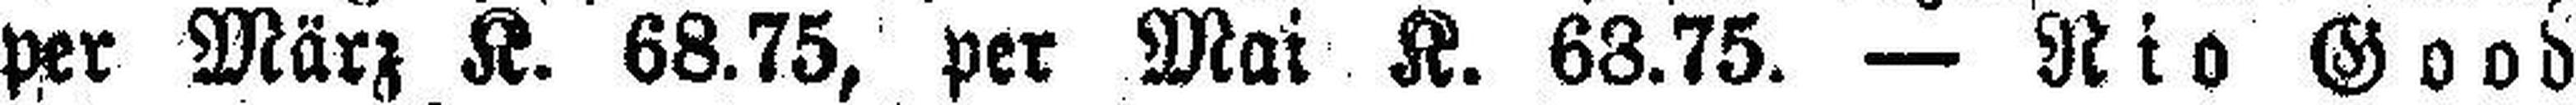
per März K. 68.75, per Mai K. 68.75. — Nio Good